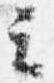
云